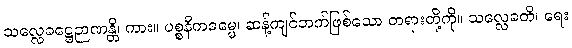
သလ္လေခဋ္ဌေဉာဏန္တိ၊ ကား။ ပစ္စနီကဓမ္မေ၊ ဆန့်ကျင်ဘက်ဖြစ်သော တရားတို့ကို။ သလ္လေခတိ၊ ရေး